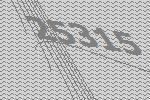
25315